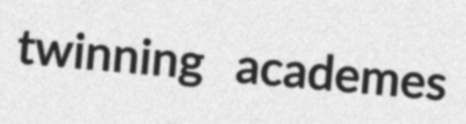
twinning academes